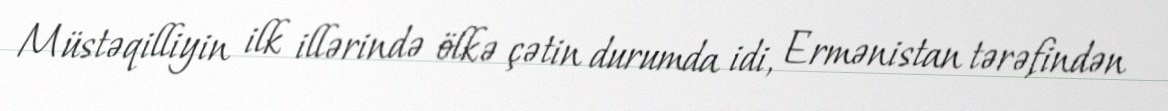
Müstəqilliyin ilk illərində ölkə çətin durumda idi, Ermənistan tərəfindən